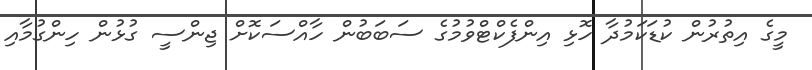
މީގެ އިތުރުން ކުޑަކަމުދާ ހޮޅި އިންފެކްޓްވުމުގެ ސަބަބުން ހާއްސަކޮށް ޖިންސީ ގުޅުން ހިންގުމާއި